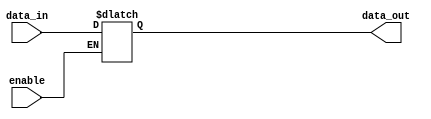
module buffer_with_enable (
    input wire data_in,
    input wire enable,
    output reg data_out
);

always @ (data_in, enable) begin
    if (enable == 1'b1)
        data_out <= data_in;
end

endmodule